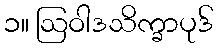
၁။ ဩဝါဒသိက္ခာပုဒ်